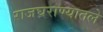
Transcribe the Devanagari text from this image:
राजघराण्यातले